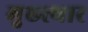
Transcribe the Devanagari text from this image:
मुख्त्यार